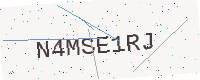
Text: N4MSE1RJ